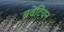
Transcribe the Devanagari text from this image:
बवेंटियन